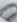
لو